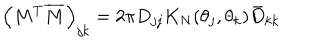
\left( M ^ { T } \overline { { M } } \right) _ { j k } = 2 \pi D _ { j j } K _ { N } ( \theta _ { j } , \theta _ { k } ) \bar { D } _ { k k }